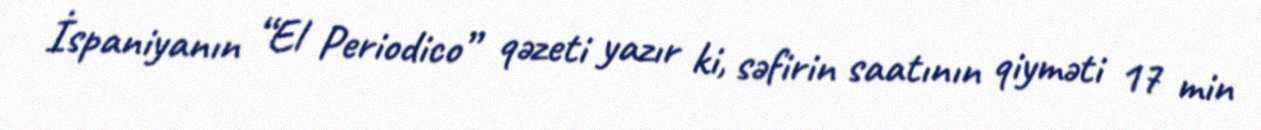
İspaniyanın “El Periodico” qəzeti yazır ki, səfirin saatının qiyməti 17 min